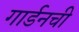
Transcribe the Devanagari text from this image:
गार्डनची